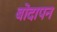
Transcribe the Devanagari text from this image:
बोदापन